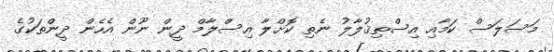
މަސަލަސް ކަމާއި އިސްތިޤުލާލު ނެތި ކޮށްލާ އިސްލާމް ދީން ނޫން އެހެން ދީންތަކުގެ